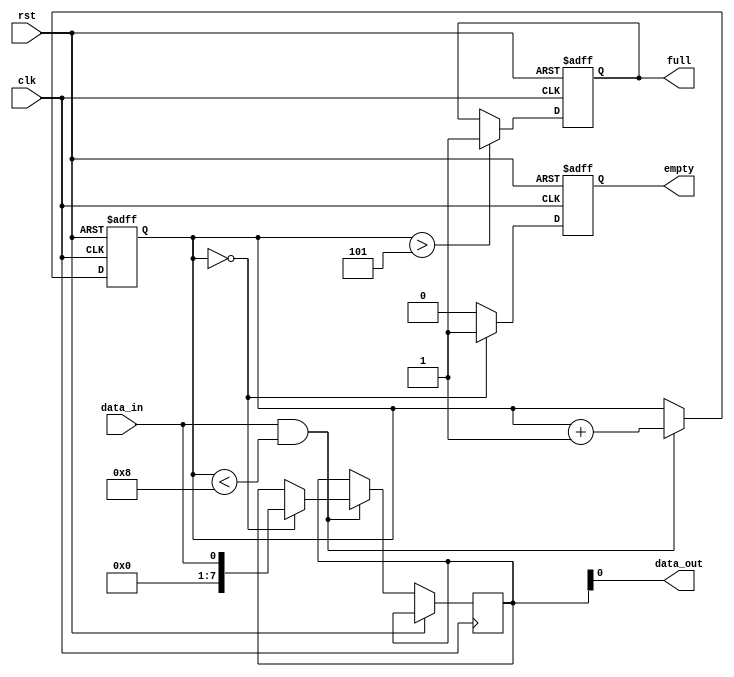
module AlmostFullFIFO (
    input wire clk,
    input wire rst,
    input wire data_in,
    output reg data_out,
    output reg full,
    output reg empty
);

reg [7:0] buffer [0:7];
reg [2:0] fill_level;
reg [2:0] almost_full_threshold = 5'b101;

always @(posedge clk or posedge rst) begin
    if (rst) begin
        fill_level <= 0;
        full <= 0;
        empty <= 1;
    end else begin
        if (data_in && fill_level < 8) begin
            buffer[fill_level] <= data_in;
            fill_level <= fill_level + 1;
        end
        
        if (fill_level > almost_full_threshold) begin
            full <= 1;
        end
        
        if (fill_level == 0) begin
            empty <= 1;
        end else begin
            empty <= 0;
        end
    end
end

assign data_out = buffer[0];

endmodule